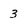
Character: 3